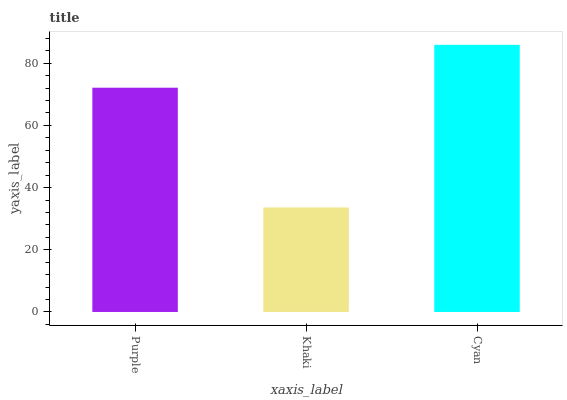
| xaxis_label | bars |
 | --- | --- |
 | Purple | 72.1 |
 | Khaki | 33.6 |
 | Cyan | 85.9 |